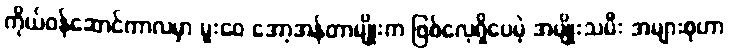
ကိုယ်ဝန်ဆောင်ကာလမှာ မူးဝေ အော့အန်တာမျိုးက ဖြစ်လေ့ရှိပေမဲ့ အမျိုးသမီး အများစုဟာ